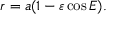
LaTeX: r = a ( 1 - \varepsilon \cos E ) .